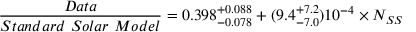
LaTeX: { \frac { D a t a } { S t a n d a r d ~ S o l a r ~ M o d e l } } = 0 . 3 9 8 _ { - 0 . 0 7 8 } ^ { + 0 . 0 8 8 } + ( 9 . 4 _ { - 7 . 0 } ^ { + 7 . 2 } ) 1 0 ^ { - 4 } \times N _ { S S }